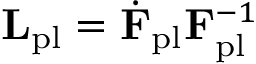
\mathbf { L } _ { \mathrm { p l } } = \dot { \mathbf { F } } _ { \mathrm { p l } } \mathbf { F } _ { \mathrm { p l } } ^ { - 1 }